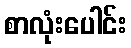
စာလုံးပေါင်း